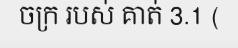
ចក្រ របស់ គាត់ 3.1 (